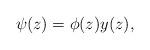
LaTeX: \begin{align*} \psi(z) = \phi(z) y(z),\end{align*}